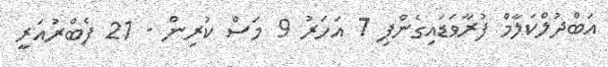
އަބްދުލްކަލާމް ފުރާވަޑައިގެންފި 7 އަހަރު 9 މަސް ކުރިން - 21 ފެބްރުއަރީ